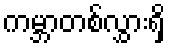
ကမ္ဘာတစ်လွှားရှိ